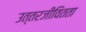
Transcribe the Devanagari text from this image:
उत्तरजीवितता